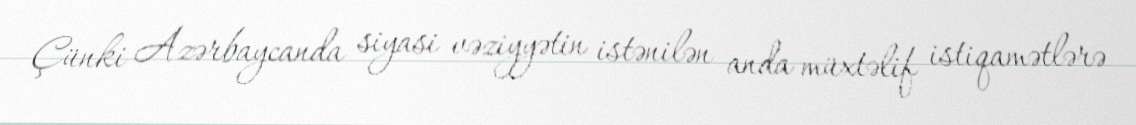
Çünki Azərbaycanda siyasi vəziyyətin istənilən anda müxtəlif istiqamətlərə